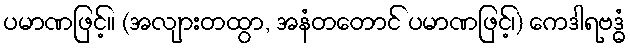
ပမာဏဖြင့်။ (အလျားတထွာ, အနံတတောင် ပမာဏဖြင့်၊) ကေဒါရဗဒ္ဓံ